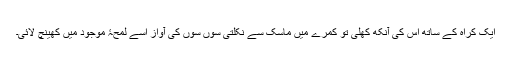
ایک کراہ کے ساتھ اس کی آنکھ کھلی تو کمرے میں ماسک سے نکلتی سوں سوں کی آواز اسے لمحۂِ موجود میں کھینچ لائی۔